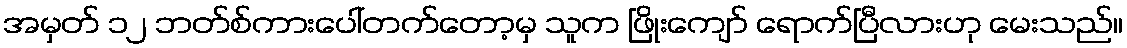
အမှတ် ၁၂ ဘတ်စ်ကားပေါ်တက်တော့မှ သူက ဖြိုးကျော် ရောက်ပြီလားဟု မေးသည်။